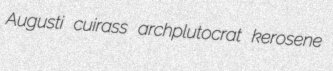
Augusti cuirass archplutocrat kerosene